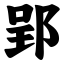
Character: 郢